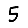
Digit: 5